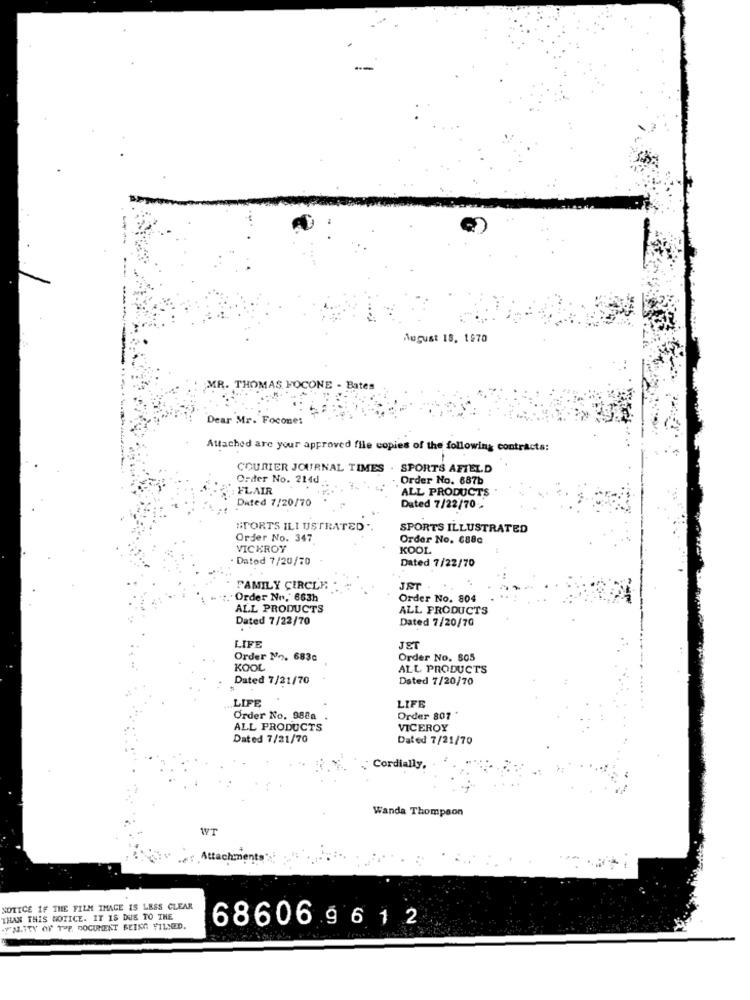
August 18, 1970
MR. THOMAS FOCONE - Bates
Dear Mr. Focones
Attached are your approved file copies of the following contracts:
COURIER JOURNAL TIMES . SPORTS AFIELD
Order No. 214d
Order No. 687b
: FLAIR
"ALL PRODUCTS
Dated 7/20/70
Dated 7/22/70 -
#TORTS ILI USTRATED
SPORTS ILLUSTRATED
Order No. 347
Order No. 688c
VICEROY
KOOL
Dated 7/20/70
Dated 7/22/70
FAMILY CIRCLE
. Order No. 663h
Order No. 804
ALL PRODUCTS
ALL PRODUCTS
Dated 7/22/70
Dated 7/20/70
LIFE
JET
Order No. 683c
Order No. 805
KOOL
ALL PRODUCTS
Dated 7/21/70
Dated 7/20/70
LIFE
LIFE
Order No. 988a
Order 807
ALL PRODUCTS
VICEROY
Dated 7/21/70
Dated 7/21/70
Cordially.
Wanda Thompson
WT
Atta
ents
NOTICE 1F THE FILM IMAGE IS LESS CLEAR
THAN THIS NOTICE. IT IS DUE TO THE
YN.ITY OF TOP, DOCUMENT BEING FILLED.
68606 9612